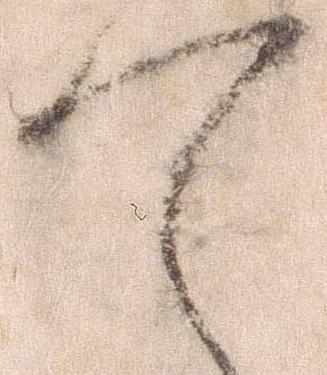
て